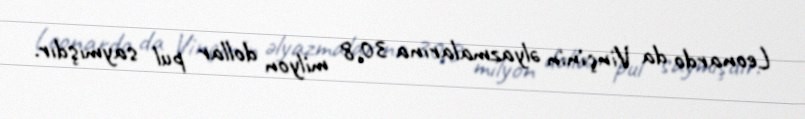
Leonardo da Vinçinin əlyazmalarına 30,8 milyon dollar pul saymışdır.